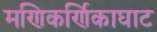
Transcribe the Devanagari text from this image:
मणिकर्णिकाघाट